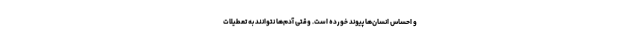
و احساس انسان‌ها پیوند خورده است. وقتی آدم‌ها نتوانند به تعطیلات